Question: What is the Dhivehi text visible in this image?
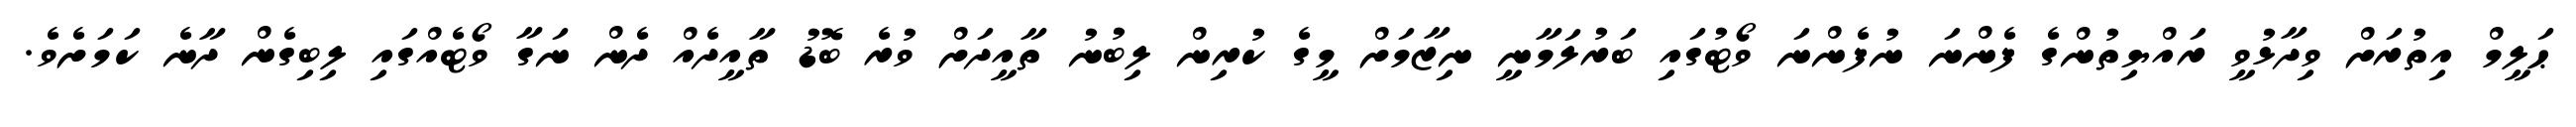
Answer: ޙަލީމް އިތުރަށް ވިދާޅުވީ ރައްޔިތުންގެ ފެންނަ ނުފެންނަ ވޯޓުގައި ބަރުލަމާނީ ނިޒާމަށް މީގެ ކުރިން ލިބުނު ތާއީދަށް ވުރެ ބޮޑު ތާއީދެއް ދެން ނަގާ ވޯޓެއްގައި ލިބިގެން ދާނެ ކަމަށެވެ.